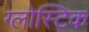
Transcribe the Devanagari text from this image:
ग्लोस्टिक